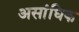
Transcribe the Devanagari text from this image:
असांधिक